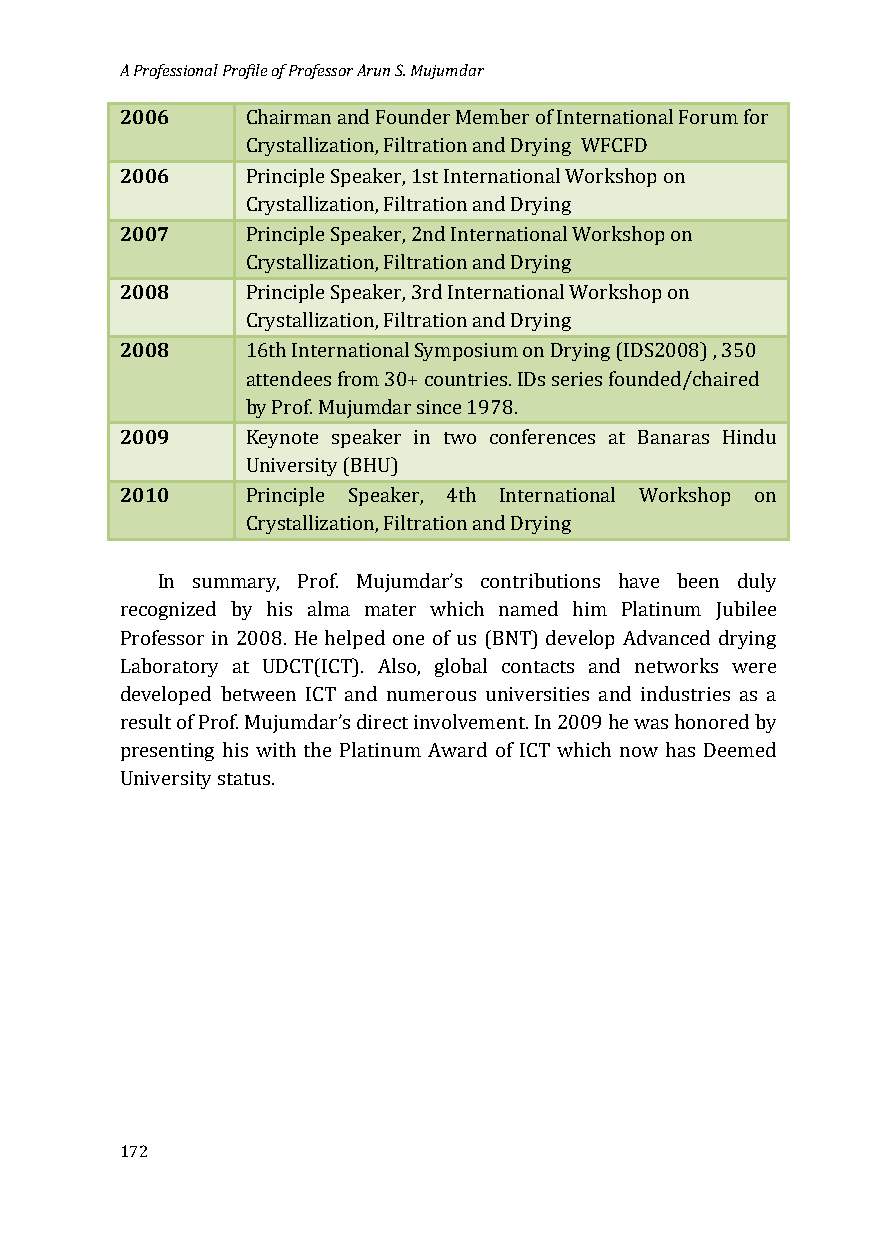
A Professional Profile of Professor Arun S. Mujumdar
 2006
 Chairman and Founder Member of International Forum for
 2006
 Crystallization, Filtration and Drying WFCFD
 Principle Speaker, 1st International Workshop on
 2007
 Crystallization, Filtration and Drying
 Principle Speaker, 2nd International Workshop on
 2008
 Crystallization, Filtration and Drying
 Principle Speaker, 3rd International Workshop on
 2008
 Crystallization, Filtration and Drying
 16th International Symposium on Drying (IDS2008) , 350
 attendees from 30+ countries. IDs series founded/chaired
 2009
 by Prof. Mujumdar since 1978.
 Keynote speaker in two conferences at Banaras Hindu
 2010
 University (BHU)
 Principle Speaker, 4th International Workshop on
 Crystallization, Filtration and Drying
 In summary, Prof. Mujumdar’s contributions have been duly
 recognized by his alma mater which named him Platinum Jubilee
 Professor in 2008. He helped one of us (BNT) develop Advanced drying
 Laboratory at UDCT(ICT). Also, global contacts and networks were
 developed between ICT and numerous universities and industries as a
 result of Prof. Mujumdar’s direct involvement. In 2009 he was honored by
 presenting his with the Platinum Award of ICT which now has Deemed
 University status.
 172